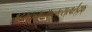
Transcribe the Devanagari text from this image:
क्ष्द्म्ल्ब्म्ब्च्म्ब्ल्म्ल्स्र्ल्क्ष्ल्द्फ्